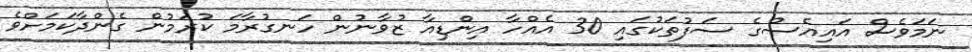
ނަމަވެސް އައިއެސްގެ ސަފުތަކުގައި 30 އެއްހާ އިންޑިއާ ޒުވާނުން ހަނގުރާމަ ކުރަމުން ގެންދާކަމަށްވެ